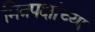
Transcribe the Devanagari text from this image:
मित्रपक्षांच्या